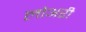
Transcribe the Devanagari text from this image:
लोअरी